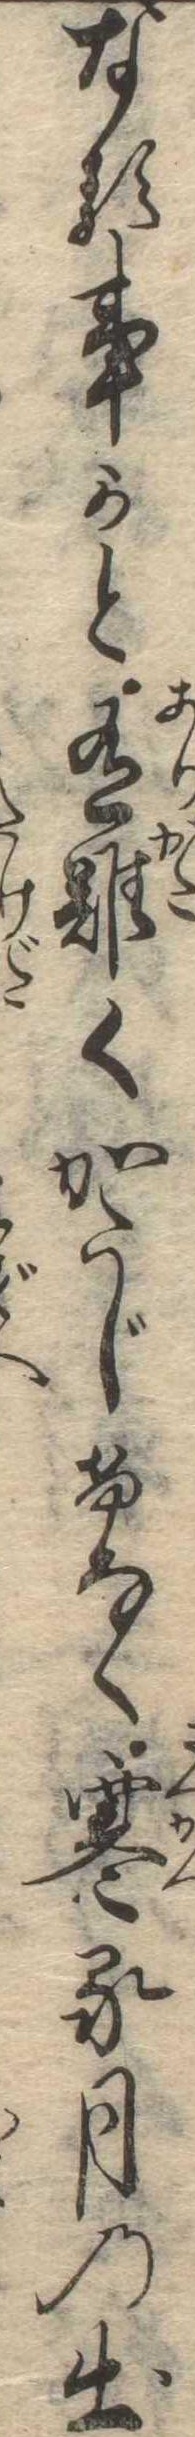
なる事かと有難くかたじけなく寒る月の出